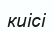
киісі